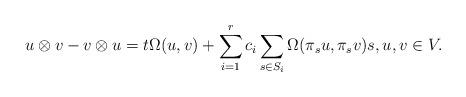
LaTeX: \begin{align*} u\otimes v-v\otimes u= t\Omega(u,v)+\sum_{i=1}^r c_i\sum_{s\in S_i} \Omega(\pi_su,\pi_sv)s, u,v\in V.\end{align*}